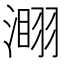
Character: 𣻫